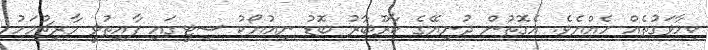
ކިހާވަގުތެއް ހެއްޔެވެ. އެގޮތުން ދުނިޔޭގެ ކާރޫބާރު ބޮޑު ނިއުޔޯކު ސިޓީގައި ފާއިތުވީ މާރިޗުމަހު